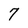
Character: 7